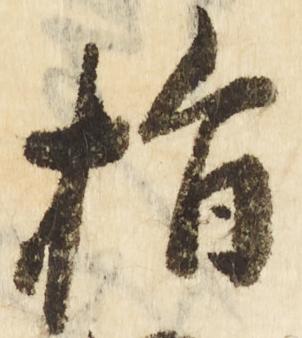
指